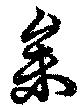
参